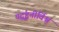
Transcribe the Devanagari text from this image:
यद्बृ॑ह॒तीर्विश्वं॒